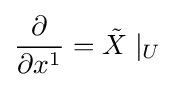
{\frac {\partial }{\partial x^{1}}}={\tilde {X}}\mid _{U}